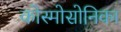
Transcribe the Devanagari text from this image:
कोस्मोसोनिका